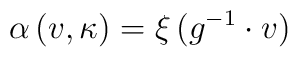
\alpha \, (v,\kappa)= \xi \, (g^{-1}\cdot v )